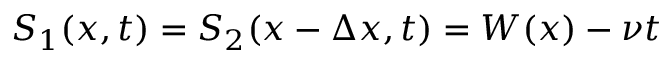
S _ { 1 } ( x , t ) = S _ { 2 } ( x - \Delta x , t ) = W ( x ) - \nu t